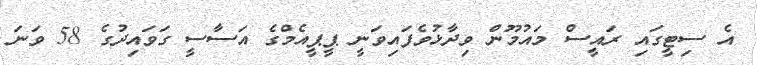
އެ ސިޓީގައި ރައީސް މައުމޫން ވިދާޅުވެފައިވަނީ ޕީޕީއެމްގެ އަސާސީ ގަވައިދުގެ 58 ވަނަ